Civil Veterinary Department Bengal reports 1923-33 - 1923-1933
Year: 1923
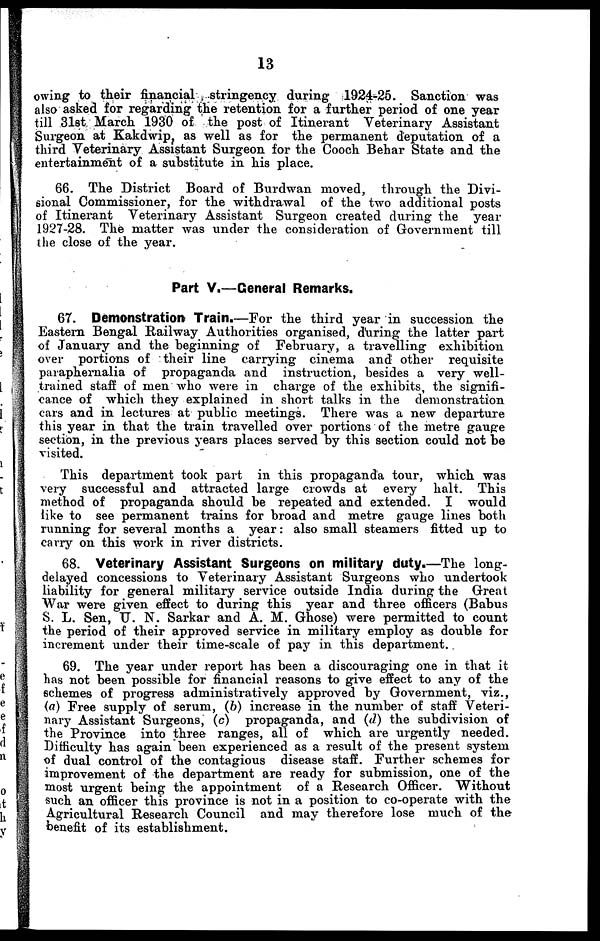
13
owing to their financial stringency during 1924-25. Sanction was
also asked for regarding the retention for a further period of one year
till 31st March 1930 of the post of Itinerant Veterinary Assistant
Surgeon at Kakdwip as well as for the permanent deputation of a
third Veterinary Assistant Surgeon for the Coach Behar State and the
entertainment of a substitute in his place.
66. The District Board of Burdwan moved, through the Divi-
sional Commissioner, for the withdrawal of the two additional posts
of Itinerant Veterinary Assistant Surgeon created during the year
1927-28. The matter was under the consideration of Government till
the close of the year.
Part V.—General Remarks.
67. Demonstration Train.—For the third year in succession the
Eastern Bengal Railway Authorities organised, during the latter part
of January and the beginning of February, a travelling exhibition
over portions of their line carrying cinema and other requisite
paraphernalia of propaganda and instruction, besides a very well-
trained staff of men who were in charge of the exhibits, the signifi-
cance of which they explained in short talks in the demonstration
cars and in lectures at public meetings. There was a new departure
this year in that the train travelled over portions of the metre gauge
section, in the previous years places served by this section could not be
visited.
This department took part in this propaganda tour, which was
very successful and attracted large crowds at every halt. This
method of propaganda should be repeated and extended. I would
like to see permanent trains for broad and metre gauge lines both
running for several months a year : also small steamers fitted up to
carry on this work in river districts.
68. Veterinary Assistant Surgeons on military duty.—The long-
delayed concessions to Veterinary Assistant Surgeons who undertook
liability for general military service outside India during the Great
War were given effect to during this year and three officers (Babus
S. L. Sen, U. N. Sarkar and A. M. Ghose) were permitted to count
the period of their approved service in military employ as double for
increment under their time-scale of pay in this department.
69. The year under report has been a discouraging one in that it
has not been possible for financial reasons to give effect to any of the
schemes of progress administratively approved by Government, viz.,
(a) Free supply of serum, (b) increase in the number of staff Veteri-
nary Assistant Surgeons, (c) propaganda, and (d) the subdivision of
the Province into three ranges, all of which are urgently needed.
Difficulty has again been experienced as a result of the present system
of dual control of the contagious disease staff. Further schemes for
improvement of the department are ready for submission, one of the
most urgent being the appointment of a Research Officer. Without
such an officer this province is not in a position to co-operate with the
Agricultural Research Council and may therefore lose much of the
benefit of its establishment.